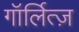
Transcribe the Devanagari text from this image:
गॉर्लित्ज़